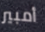
أمبير